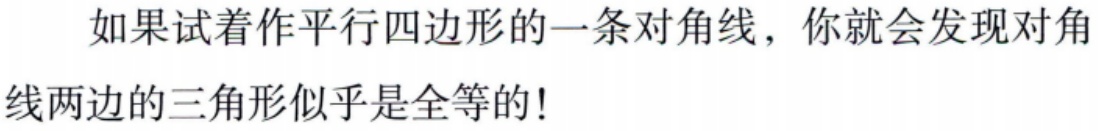
如果试着作平行四边形的一条对角线，你就会发现对角线两边的三角形似乎是全等的!